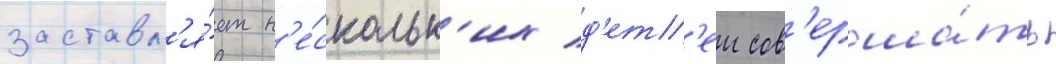
заставл'я́ет н'е́скольк'их д'ет'еи сов'ерша́ть